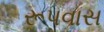
રૂપવાસ